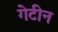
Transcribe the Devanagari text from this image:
गेटीन